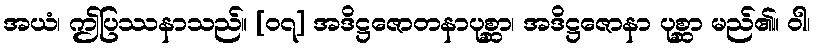
အယံ၊ ဤပြဿနာသည်။ [၀၇] အဒိဋ္ဌဇောတနာပုစ္ဆာ၊ အဒိဋ္ဌဇောနာ ပုစ္ဆာ မည်၏။ ဝါ၊